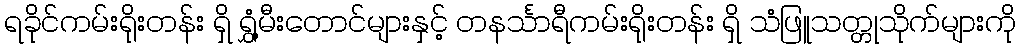
ရခိုင်ကမ်းရိုးတန်း ရှိ ရွှံ့မီးတောင်များနှင့် တနင်္သာရီကမ်းရိုးတန်း ရှိ သံဖြူသတ္တုသိုက်များကို